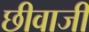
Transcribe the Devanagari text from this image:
छीवाजी